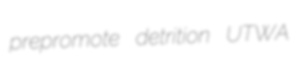
prepromote detrition UTWA